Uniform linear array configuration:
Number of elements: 24
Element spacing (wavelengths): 0.75
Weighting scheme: binomial
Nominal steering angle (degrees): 45
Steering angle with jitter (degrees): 46.718
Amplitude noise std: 0.05
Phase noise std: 0.05

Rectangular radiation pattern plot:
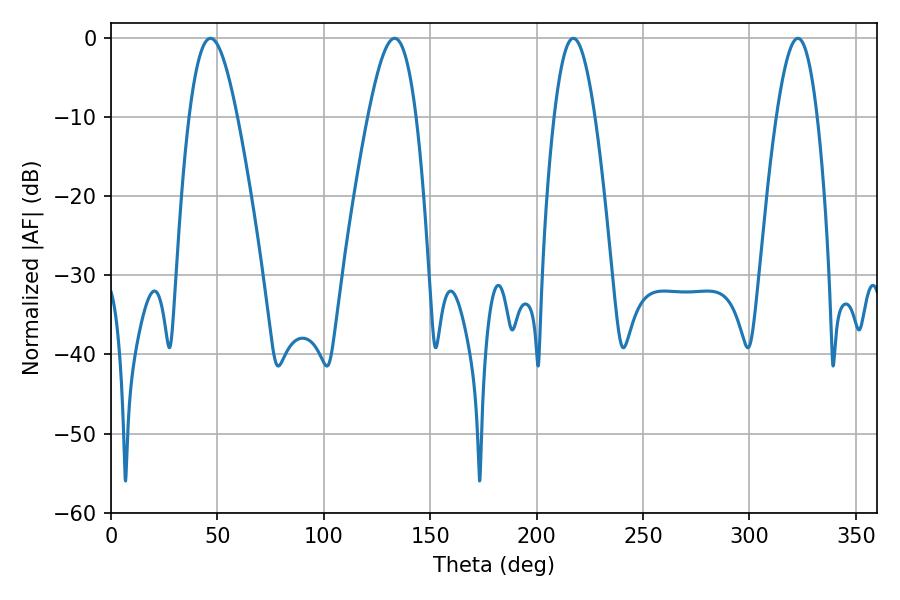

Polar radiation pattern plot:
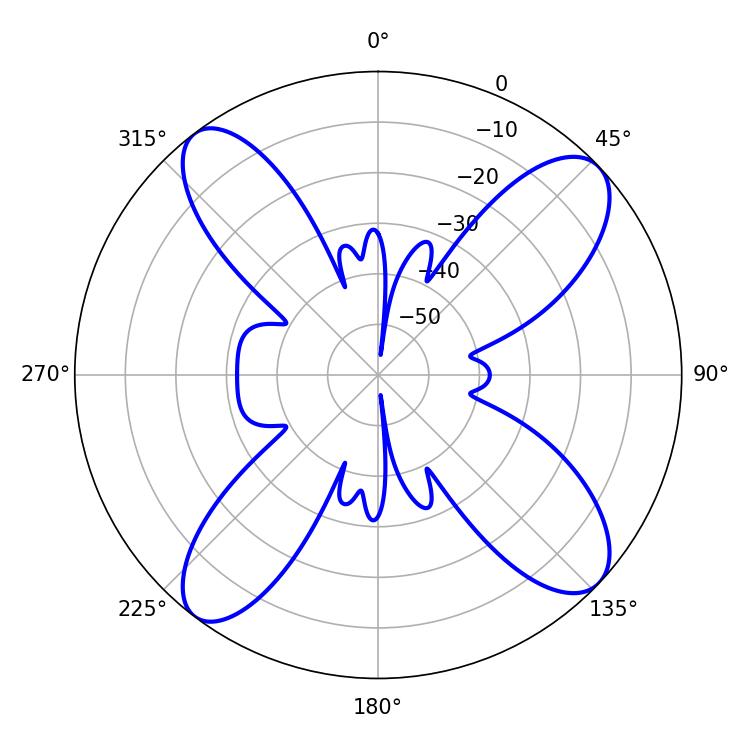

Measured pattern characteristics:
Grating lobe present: TRUE
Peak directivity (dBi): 12.992
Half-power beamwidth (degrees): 10.44
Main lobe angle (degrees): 217.26